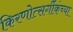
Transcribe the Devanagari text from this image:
किरणोत्सर्गीकंच्या